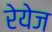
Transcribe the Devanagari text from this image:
रेयेज